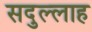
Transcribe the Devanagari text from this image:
सदुल्‍लाह